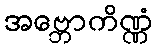
အဗ္ဘောကိဏ္ဏံ